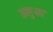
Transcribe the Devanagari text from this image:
उलुआ